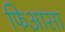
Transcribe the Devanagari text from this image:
फिआसा